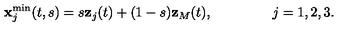
{ \bf x } _ { j } ^ { \mathrm { m i n } } ( t , s ) = s { \bf z } _ { j } ( t ) + ( 1 - s ) { \bf z } _ { M } ( t ) , \ \qquad \qquad j = 1 , 2 , 3 .